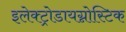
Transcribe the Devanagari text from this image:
इलेक्ट्रोडायग्नोस्टिक